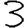
Digit: 3